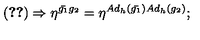
( \ref { m e t r i c } ) \Rightarrow \eta ^ { { \bar { g _ { 1 } } } g _ { 2 } } = \eta ^ { A d _ { h } ( { \bar { g _ { 1 } } } ) A d _ { h } ( g _ { 2 } ) } ;